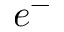
e ^ { - }